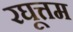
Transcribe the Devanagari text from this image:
रघूत्तम